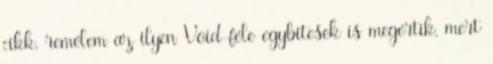
cikk, remélem az ilyen Void-féle egybitesek is megértik, mert